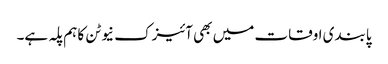
پابندی اوقات میں بھی آئیزک نیوٹن کا ہم پلہ ہے۔